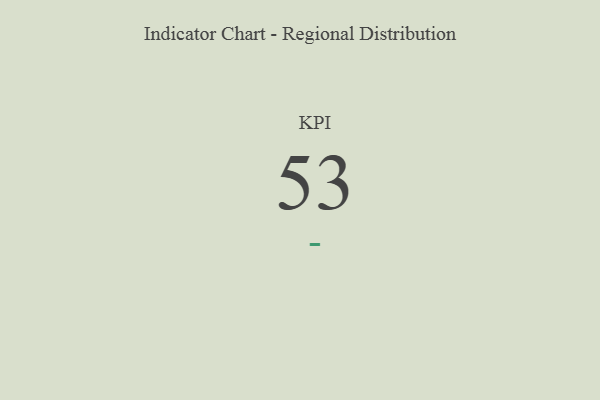
{"axis": {"x": "KPI", "y": "Value"}, "legend": [""], "data": [{"x": "KPI", "y": 53, "type": ""}]}